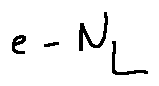
e - N _ { L }